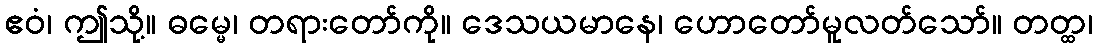
ဧဝံ၊ ဤသို့။ ဓမ္မေ၊ တရားတော်ကို။ ဒေသယမာနေ၊ ဟောတော်မူလတ်သော်။ တတ္ထ၊